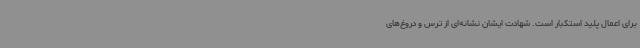
برای اعمال پلید استکبار است. شهادت ایشان نشانه‌ای از ترس و دروغ‌های